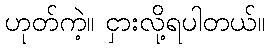
ဟုတ်ကဲ့။ ငှားလို့ရပါတယ်။